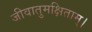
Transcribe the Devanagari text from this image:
जीवातुमक्षिताम्।